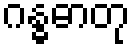
ဂန္ဓဓာတု